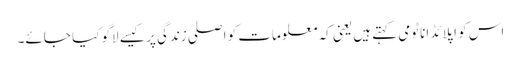
اس کو اپلائڈ اناٹومی کہتے ہیں یعنی کہ معلومات کو اصلی زندگی پر کیسے لاگو کیا جائے۔